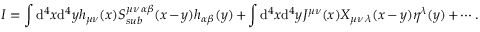
I = \int \mathrm { d } ^ { 4 } x \mathrm { d } ^ { 4 } y h _ { \mu \nu } ( x ) S _ { s u b } ^ { \mu \nu \, \alpha \beta } ( x - y ) h _ { \alpha \beta } ( y ) + \int \mathrm { d } ^ { 4 } x \mathrm { d } ^ { 4 } y J ^ { \mu \nu } ( x ) X _ { \mu \nu \, \lambda } ( x - y ) \eta ^ { \lambda } ( y ) + \cdots .